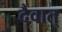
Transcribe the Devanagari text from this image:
दैवात्‌